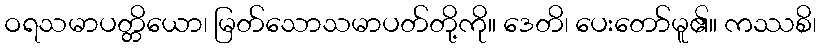
ဝရသမာပတ္တိယော၊ မြတ်သောသမာပတ်တို့ကို။ ဒေတိ၊ ပေးတော်မူ၏။ ကဿစိ၊